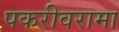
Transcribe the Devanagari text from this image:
पकरीवरामा